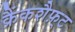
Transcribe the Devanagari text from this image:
क्रैंकशैफ़्ट